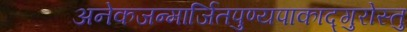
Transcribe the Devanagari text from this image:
अनेकजन्मार्जितपुण्यपाकाद्गुरोस्तु